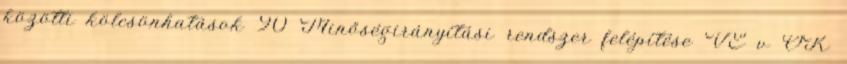
közötti kölcsönhatások 90 Minőségirányítási rendszer felépítése VE v ŐK